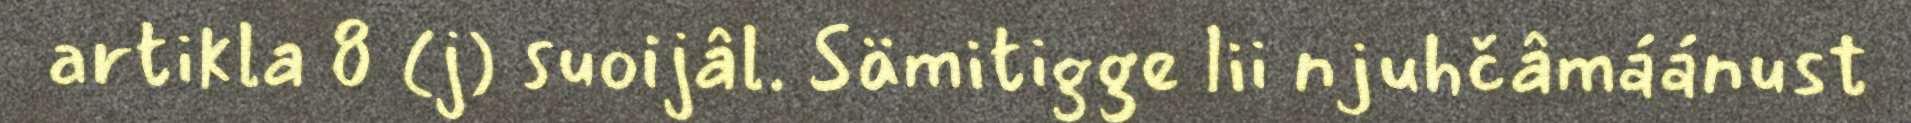
artikla 8 (j) suoijâl. Sämitigge lii njuhčâmáánust